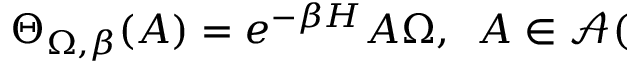
\Theta _ { \Omega , \beta } ( A ) = e ^ { - \beta H } A \Omega , \, \, \, A \in \mathcal { A } (